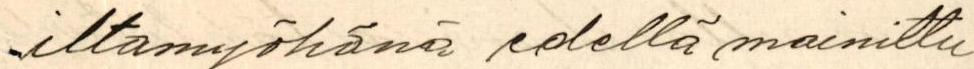
iltamyöhänä edellä mainittu